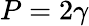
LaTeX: P=2\gamma